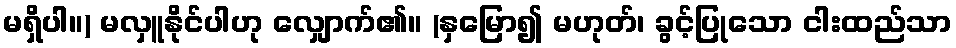
မရှိပါ။) မလှူနိုင်ပါဟု လျှောက်၏။ (နှမြော၍ မဟုတ်၊ ခွင့်ပြုသော ငါးထည်သာ